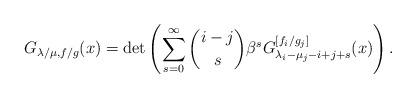
LaTeX: \begin{align*}G_{\lambda/\mu,f/g}(x)=\det\left(\sum_{s=0}^\infty\binom{i-j}{s}\beta^s G^{[f_i/g_j]}_{\lambda_i-\mu_j-i+j+s}(x)\right).\end{align*}